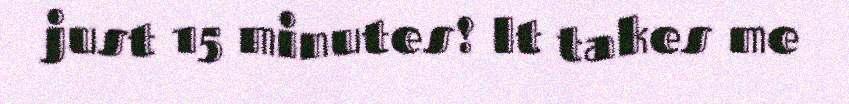
just 15 minutes! It takes me